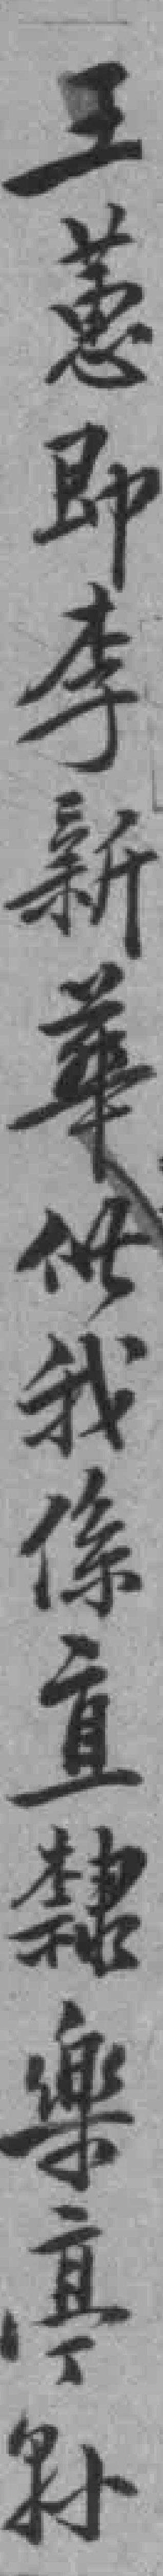
王蕙即李新華供我係直隸樂𠅘縣